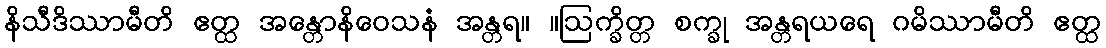
နိသီဒိဿာမီတိ ဧတ္ထ အန္တောနိဝေသနံ အန္တရ။ ။ဩက္ခိတ္တ စက္ခု အန္တရယရေ ဂမိဿာမီတိ ဧတ္ထ